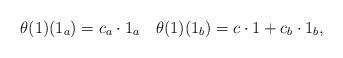
LaTeX: \begin{align*}\theta(1)(1_a) = c_a\cdot 1_a \quad\theta(1)(1_b) =c\cdot 1+c_b\cdot 1_b,\end{align*}